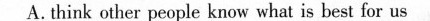
A. think other people know what is best for us